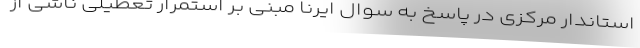
استاندار مرکزی در پاسخ به سوال ایرنا مبنی بر استمرار تعطیلی ناشی از